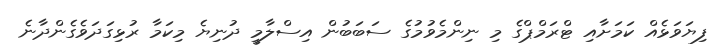
ފިޔަވަޅެއް ކަމަށާއި ޓްރަމްޕްގެ މި ނިންމެވުމުގެ ސަބަބުން އިސްލާމީ ދުނިޔެ މިކަމާ ރުޅިގަދަވެގެންދާނެ